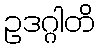
ဥဒဂ္ဂါတိ